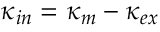
\kappa _ { i n } = \kappa _ { m } - \kappa _ { e x }